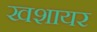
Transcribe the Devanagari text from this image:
खशायर